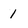
Character: 1